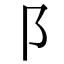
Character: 阝